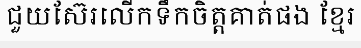
ជួយស៊ែរលើកទឹកចិត្តគាត់ផង ខ្មែរ